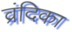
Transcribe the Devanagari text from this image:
व्रंदिका